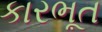
કારભૂત